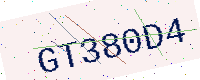
Text: GT380D4